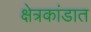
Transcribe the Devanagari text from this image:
क्षेत्रकांडात